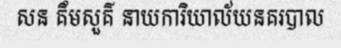
សន គឹមសួគ៌ នាយការិយាល័យនគរបាល